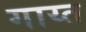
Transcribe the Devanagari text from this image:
गाय्त